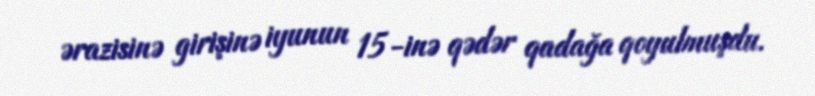
ərazisinə girişinə iyunun 15-inə qədər qadağa qoyulmuşdu.